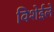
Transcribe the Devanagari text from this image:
विशेईले